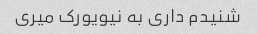
شنیدم داری به نیویورک میری